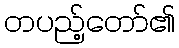
တပည့်တော်၏